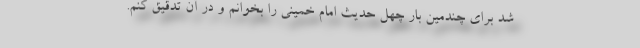
شد برای چندمین بار چهل حدیث امام خمینی را بخوانم و در آن تدقیق کنم.